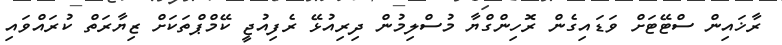
ރާޚައިން ސްޓޭޓަށް ވަޑައިގެން ރޮހިންގްޔާ މުސްލިމުން ދިރިއުޅޭ ރެފިއުޖީ ކޭމްޕްތަކަށް ޒިޔާރަތް ކުރައްވައި